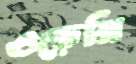
ওড়েনি